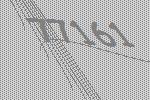
77161